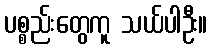
ပစ္စည်းတွေကူ သယ်ပါဦး။